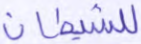
للشيطان